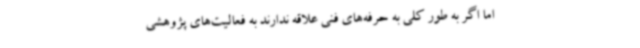
اما اگر به طور کلی به حرفه‌های فنی علاقه ندارند به فعالیت‌های پژوهشی